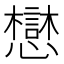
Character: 𫻓